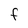
Character: F